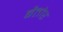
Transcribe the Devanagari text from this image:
बैतोर